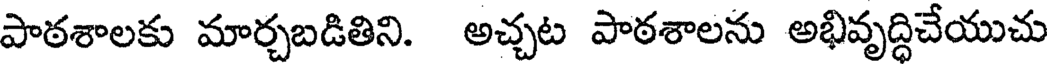
పాఠశాలకు మార్చబడితిని. అచ్చట పాఠశాలను అభివృద్ధిచేయుచు